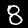
Digit: 8